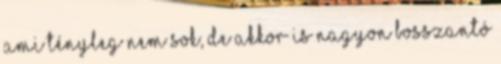
ami tényleg nem sok, de akkor is nagyon bosszantó